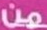
من